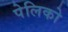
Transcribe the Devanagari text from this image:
पेलिको